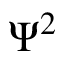
\Psi ^ { 2 }